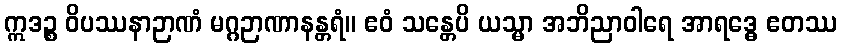
ဣဒဉ္စ ဝိပဿနာဉာဏံ မဂ္ဂဉာဏာနန္တရံ။ ဧဝံ သန္တေပိ ယသ္မာ အဘိညာဝါရေ အာရဒ္ဓေ ဧတဿ